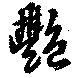
艷